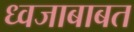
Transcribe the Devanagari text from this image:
ध्वजाबाबत